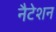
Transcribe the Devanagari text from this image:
नैटेशन